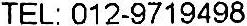
TEL: 012-9719498